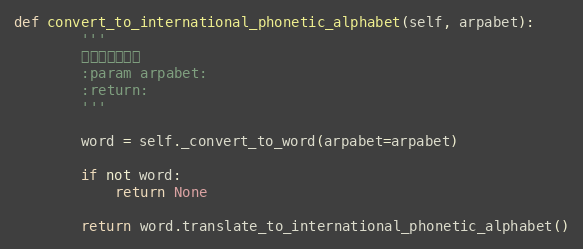
Language: Python
def convert_to_international_phonetic_alphabet(self, arpabet):
        '''
        转换成国际音标
        :param arpabet:
        :return:
        '''

        word = self._convert_to_word(arpabet=arpabet)

        if not word:
            return None

        return word.translate_to_international_phonetic_alphabet()